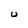
Character: u